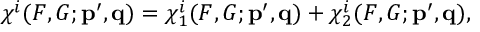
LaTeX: \chi ^ { i } ( F , G ; { \bf p ^ { \prime } , q } ) = \chi _ { 1 } ^ { i } ( F , G ; { \bf p ^ { \prime } , q } ) + \chi _ { 2 } ^ { i } ( F , G ; { \bf p ^ { \prime } , q } ) ,